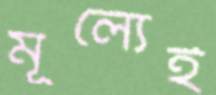
মূল্যেই